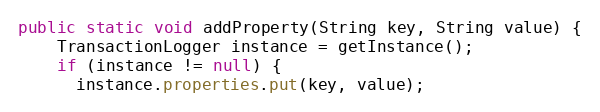
Language: Java
public static void addProperty(String key, String value) {
    TransactionLogger instance = getInstance();
    if (instance != null) {
      instance.properties.put(key, value);